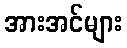
အားအင်များ